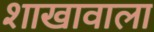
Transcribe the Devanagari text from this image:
शाखावाला